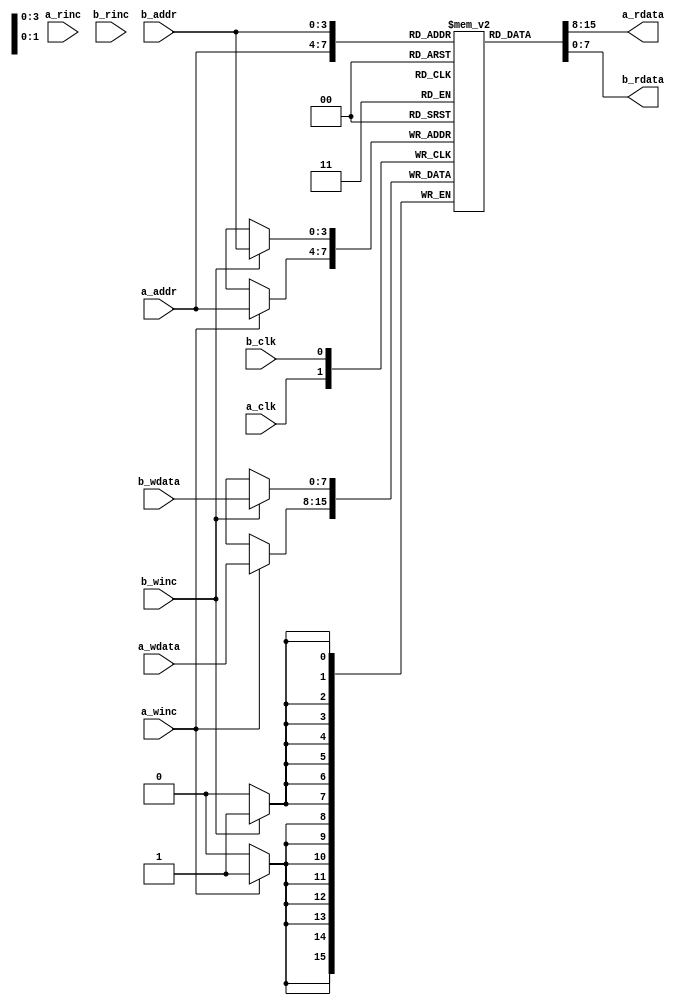
//-----------------------------------------------------------------------------
// Copyright 2017 Damien Pretet ThotIP
// Copyright 2018 Julius Baxter
//
// Licensed under the Apache License, Version 2.0 (the "License");
// you may not use this file except in compliance with the License.
// You may obtain a copy of the License at
//
//     http://www.apache.org/licenses/LICENSE-2.0
//
// Unless required by applicable law or agreed to in writing, software
// distributed under the License is distributed on an "AS IS" BASIS,
// WITHOUT WARRANTIES OR CONDITIONS OF ANY KIND, either express or implied.
// See the License for the specific language governing permissions and
// limitations under the License.
//-----------------------------------------------------------------------------

`timescale 1 ns / 1 ps
`default_nettype none

module fifomem_dp

    #(
        parameter  DATASIZE     = 8,      // Memory data word width
        parameter  ADDRSIZE     = 4,      // Number of mem address bits
        parameter  FALLTHROUGH  = "TRUE"  // First word fall-through
    ) (
        input  wire                a_clk,
        input  wire [DATASIZE-1:0] a_wdata,
        output wire [DATASIZE-1:0] a_rdata,
        input  wire [ADDRSIZE-1:0] a_addr,
        input  wire                a_rinc,
        input  wire                a_winc,

        input  wire                b_clk,
        input  wire [DATASIZE-1:0] b_wdata,
        output wire [DATASIZE-1:0] b_rdata,
        input  wire [ADDRSIZE-1:0] b_addr,
        input  wire                b_rinc,
        input  wire                b_winc
    );

    reg [DATASIZE-1:0] a_rdata_r;
    reg [DATASIZE-1:0] b_rdata_r;

    generate

        localparam DEPTH = 1<<ADDRSIZE;
        reg [DATASIZE-1:0] mem [0:DEPTH-1];

        if (FALLTHROUGH == "TRUE") begin : fallthrough

            always @(posedge a_clk)
                if (a_winc)
                    mem[a_addr] <= a_wdata;

            assign a_rdata  = mem[a_addr];

            always @(posedge b_clk)
                if (b_winc)
                    mem[b_addr] <= b_wdata;

            assign b_rdata = mem[b_addr];

        end else begin : registered

            wire a_en = a_rinc | a_winc;

            always @(posedge a_clk)
                if (a_en) begin
                    if (a_winc)
                        mem[a_addr] <= a_wdata;
                    a_rdata_r <= mem[a_addr];
                end

            assign a_rdata = a_rdata_r;

            wire b_en = b_rinc | b_winc;

            always @(posedge b_clk)
                if (b_en) begin
                    if (b_winc)
                        mem[b_addr] <= b_wdata;
                    b_rdata_r <= mem[b_addr];
                end

            assign b_rdata = b_rdata_r;

        end // block: registered
    endgenerate


endmodule

`resetall